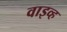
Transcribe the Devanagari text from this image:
वाइव्ह